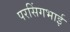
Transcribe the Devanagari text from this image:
परसिंगभाई